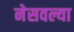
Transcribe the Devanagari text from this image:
नेसवल्या